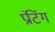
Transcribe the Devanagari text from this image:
प्रंटिंग